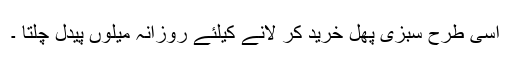
اسی طرح سبزی پھل خرید کر لانے کیلئے روزانہ میلوں پیدل چلتا ۔